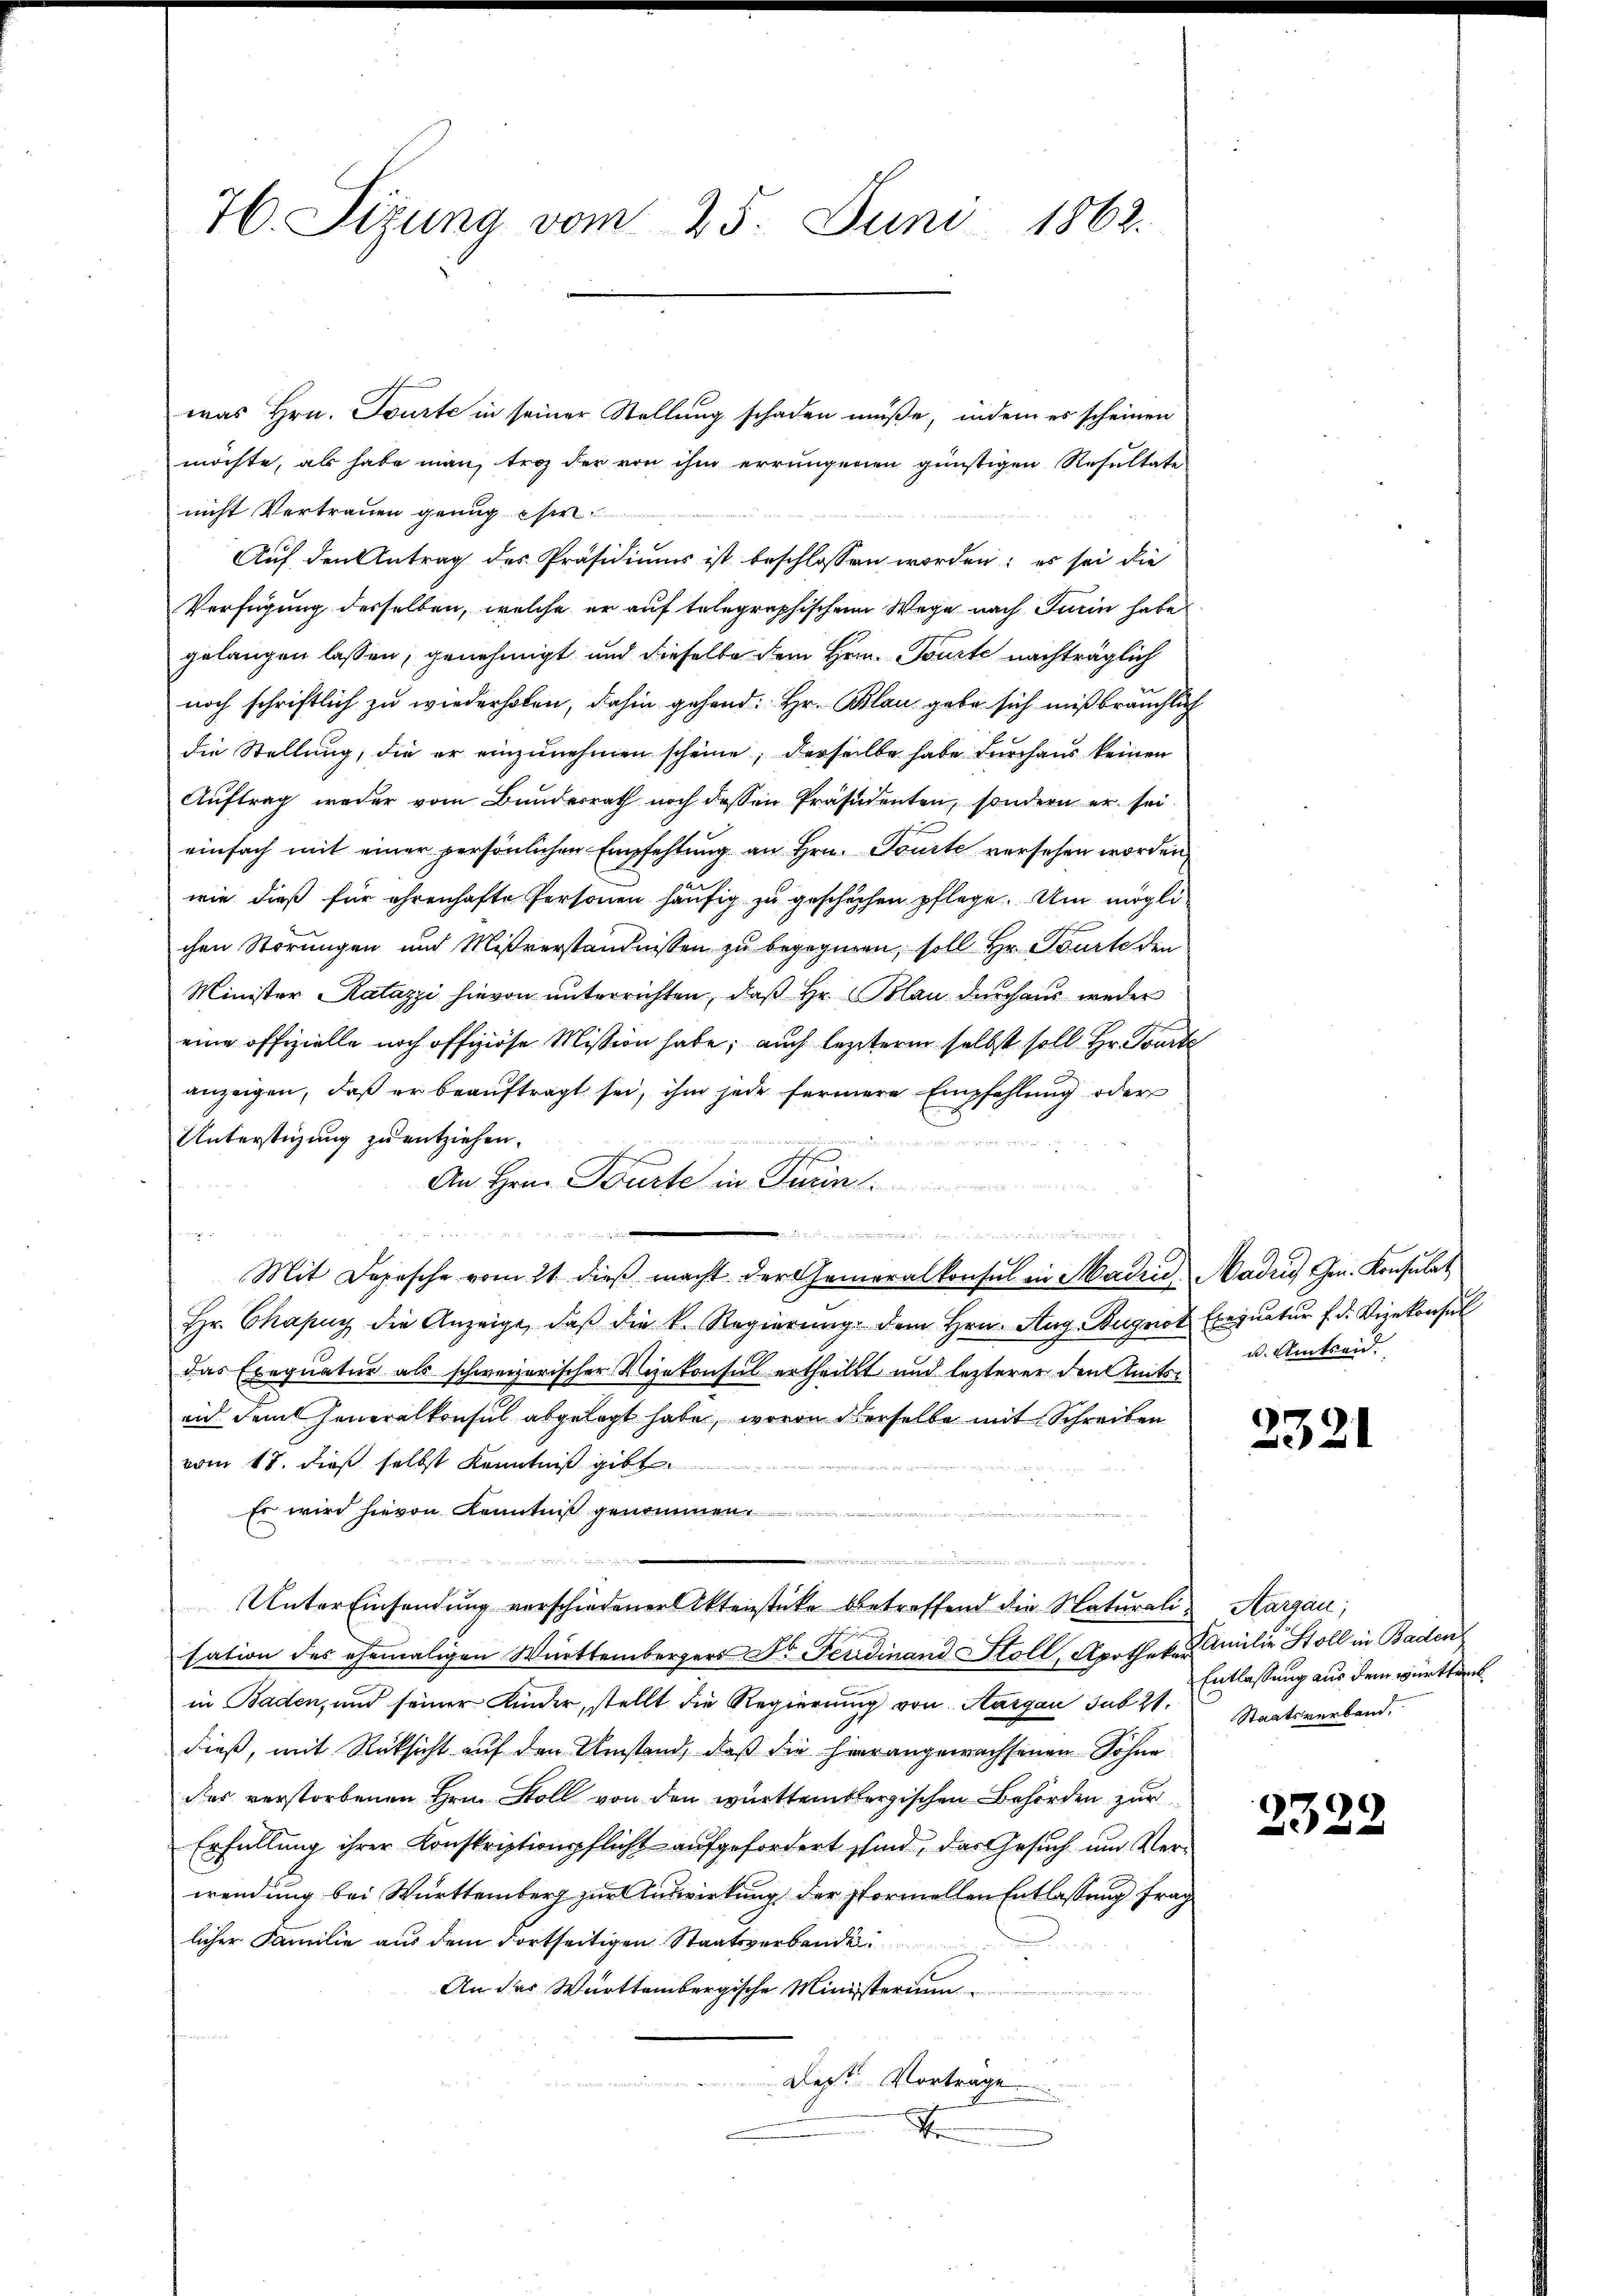
was Hrn. Tourte in seiner Stellung schaden müße, indem es scheinen
möchte, als habe man, troz der von ihm errungenen günstigen Resultates
nicht Vertrauen genug se
Auf den Antrag des Präsidiums ist beschlossen worden; es sei die
Verfügung desselben, welche er auf telegraphischen Wege nach Turin habe.
gelangen lassen, genehmigt und dieselbe dem Hrn. Tourte nachträglich
noch schriftlich zu wiederhoben, dahin gehand. Hr. Blau gebe sich mißbräuchlich
die Stellung, die er einzunehmen scheine; derselbe habe durchaus keinen
Auftrag weder vom Bunderrath noch dessen Präsidenten, sondern er sei
einfach mit einer persönlichen Empfehlung an Hrn. Tourte versehen worden
wie dieß für ehrenhafte Personen häufig zu geschöpfen pflege. Um möglichen Störungen und Mißverständnissen zu begegnen, soll Hr. Tourte den
Minister Ratazzi hievon unterrichten, daß Hr. Blau durchaus weder
eine offizielle noch offiziöse Mission habe; auch lezteren selbst soll. Hr. Toute
anzeigen, daß er beaŭftragt sei, ihm jede fernere Empfehlung oder
Unterstigung zu entziehen.

An Hrn. Fürte in Paun
wegen de
Mit Depesche vom 21. dieß macht der Generalkonsul in Madri, Madiis m. Konsulat
Hr. Chapuy die Anzeige, daβ die k. Regierŭng dem Hrn. Aug. Bugnot Exeqŭatŭr f d. Vizekonsul
das Exequatur als schweizerischer Vizekonsul ertheilt und lezterer den Amtseid dem Generalkonsul abgelegt habe, wovon derselbe mit Schreiben
vom 18. dieß selbst Kenntniß gibt
Es wird hievon Kenntniß genommen.
w
.
Unter Einsendung verschiedener Aktenstücke betreffend die Naturali Aargau,
sation des ehemaligen Württembergers Dr. Ferdinand Stoll, Apotheken. Amilie Stoll in Baden
in Baden, und seiner Kinder, stellt die Regierung von Aargau sub 21.
dieß, mit Rücksicht auf den Umstand, daß die hierangewachsenen Sohne
das verstorbenen Hrn. Soll von den württembergischen Behörden zur
Erfüllung ihrer Konskriptionspflicht aufgefordert sind, das Gesuch um Verwendung bei Württemberg zur Auswirkung der formellen Entlassung frag
licher Familie aus dem dortseitigen Staatsverbande
An der Württembergische Ministerium
n
i
Des Vortrage
d

76. Sizung vom 25. Juni 1862.

e der sich den in auch den gesten gegen

u. Amtseid.

3321

Entlassung aus dem Würthan
Staatsverband.

2322